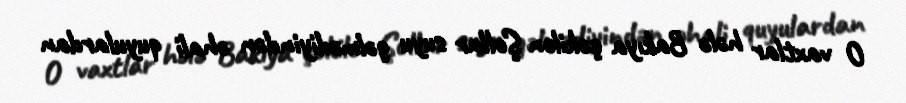
O vaxtlar hələ Bakıya çəkilən Şollar suyu gəlmədiyindən əhali quyulardan